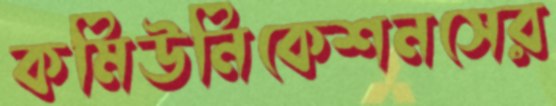
কমিউনিকেশনসের